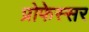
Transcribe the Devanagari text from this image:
प्रोफेस्सर